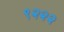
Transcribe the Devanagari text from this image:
९२२२